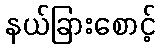
နယ်ခြားစောင့်